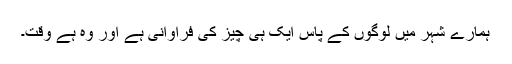
ہمارے شہر میں لوگوں کے پاس ایک ہی چیز کی فراوانی ہے اور وہ ہے وقت۔